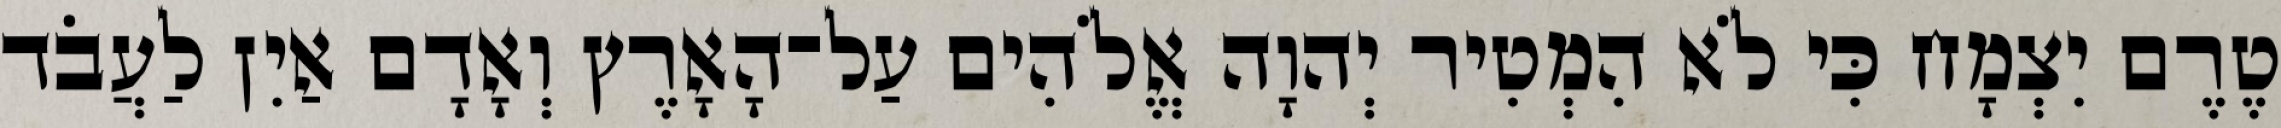
טֶרֶם יִצְמָח כִּי לֹא הִמְטִיר יְהוָה אֱלֹהִים עַל־הָאָרֶץ וְאָדָם אַיִן לַעֲבֹד